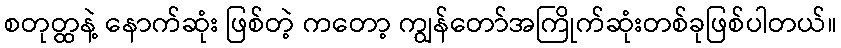
စတုတ္ထနဲ့ နောက်ဆုံး ဖြစ်တဲ့ ကတော့ ကျွန်တော်အကြိုက်ဆုံးတစ်ခုဖြစ်ပါတယ်။